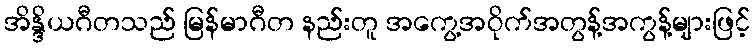
အိန္ဒိယဂီတသည် မြန်မာဂီတ နည်းတူ အကွေ့အဝိုက်အတွန့်အကွန့်များဖြင့်